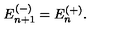
E _ { n + 1 } ^ { ( - ) } = E _ { n } ^ { ( + ) } .